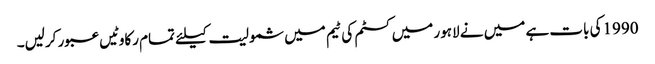
1990کی بات ہے میں نے لاہور میں کسٹم کی ٹیم میں شمولیت کیلئے تمام رکاوٹیں عبور کرلیں۔